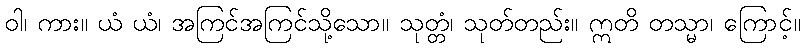
ဝါ၊ ကား။ ယံ ယံ၊ အကြင်အကြင်သို့သော။ သုတ္တံ၊ သုတ်တည်း။ ဣတိ တသ္မာ၊ ကြောင့်။